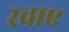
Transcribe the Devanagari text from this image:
रचाए